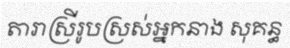
តារាស្រីរូបស្រស់អ្នកនាង សុគន្ធ